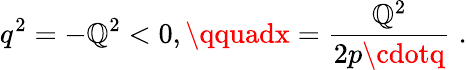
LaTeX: q^{2}=-\mathbb{Q}^{2}<0,\qquadx=\frac{{\mathbb{Q}^{2}}}{{2p\cdotq}}\; .